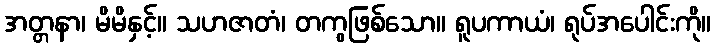
အတ္တနာ၊ မိမိနှင့်။ သဟဇာတံ၊ တကွဖြစ်သော။ ရူပကာယံ၊ ရုပ်အပေါင်းကို။